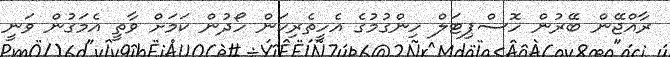
ރާއްޖޭން ބޭރުން ހޮސްޕިޓަލް ހިންގުމުގެ އެހީތެރިކަން ހޯދުން ކަމަށް ވާތީ އެމަގުން ވަނީ